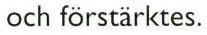
och förstarktes.